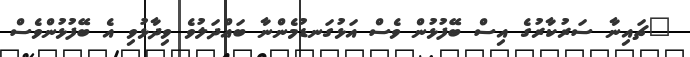
"ޗައިނާ ސަރުކާރުގެ އިސް ބޭފުޅުން ވެސް އަޅުގަނޑުމެންނާ ބައްދަލުވެ ވިދާޅުވި އެ ބޭފުޅުންވެސް